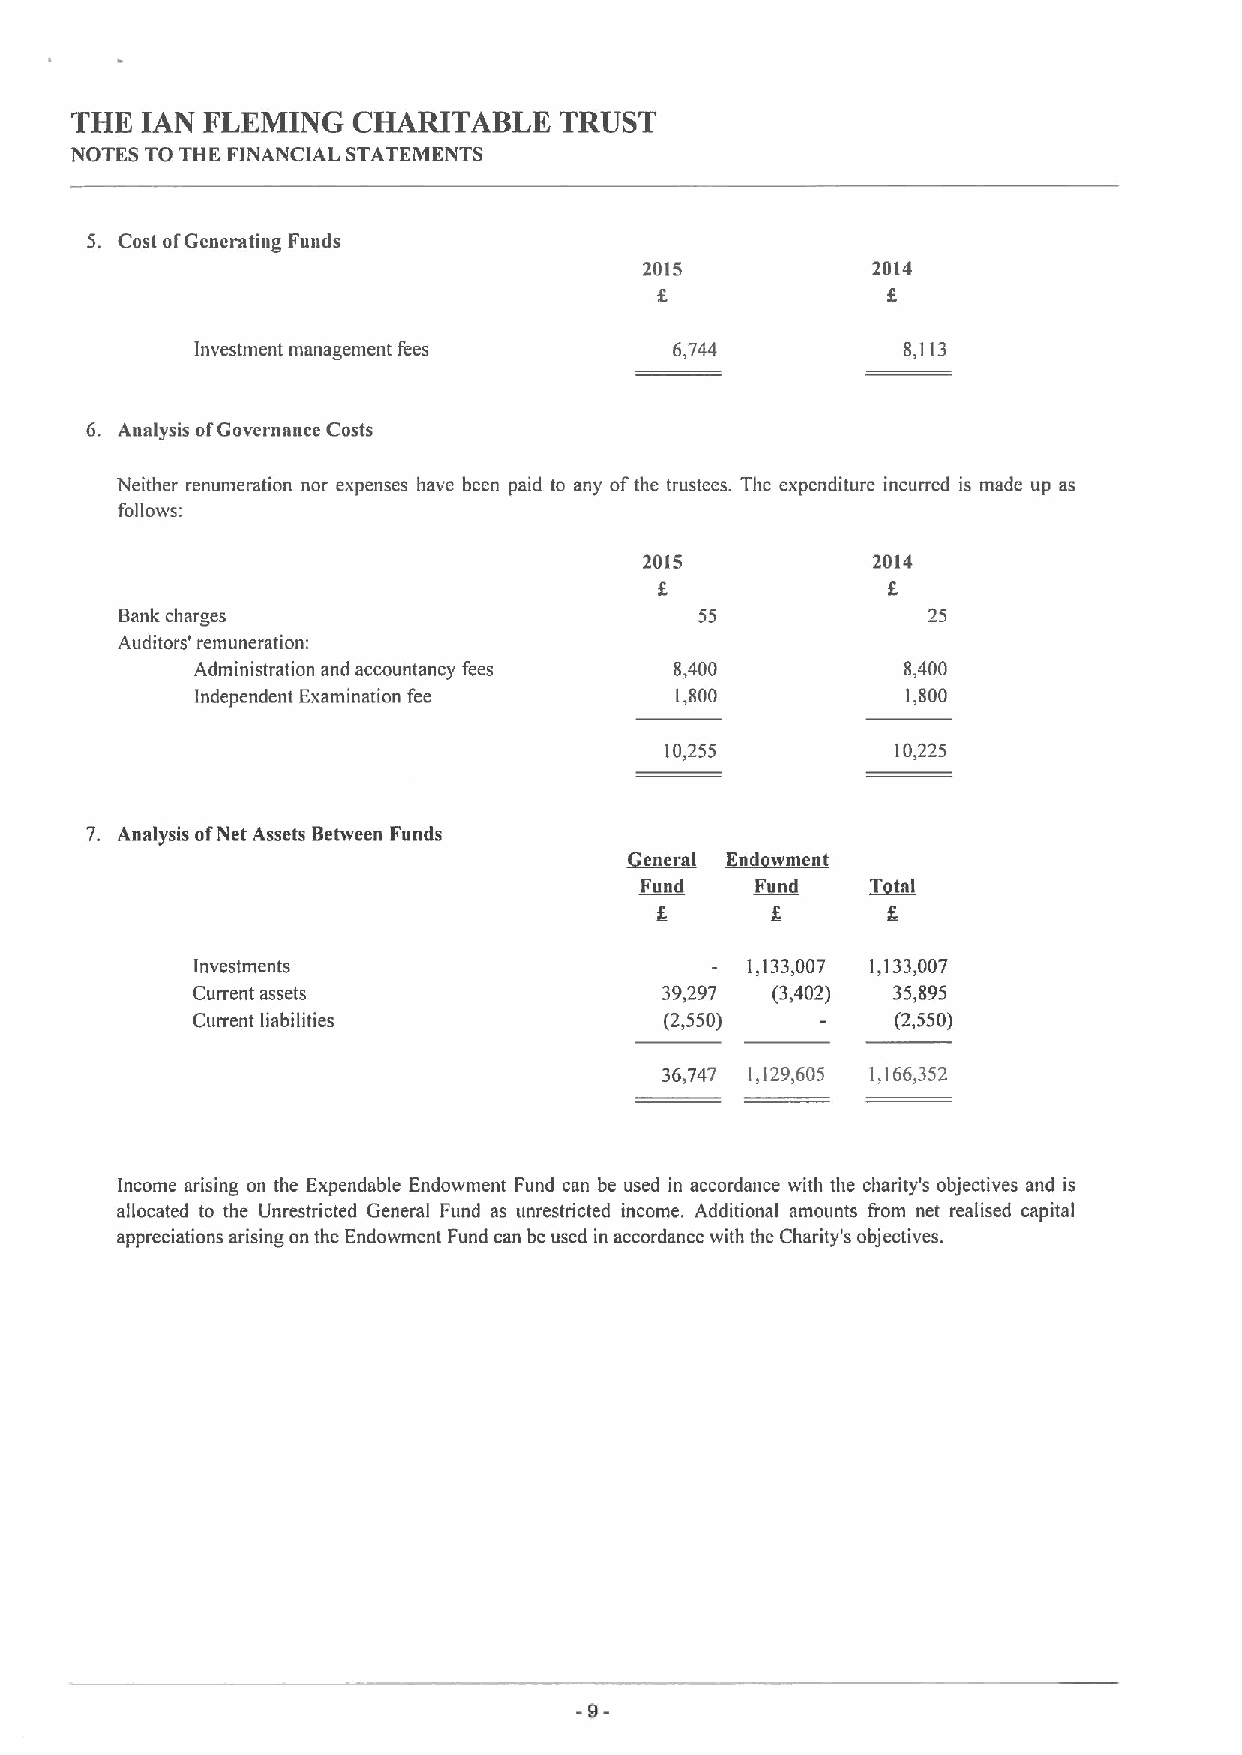
THE IAN FLEMING   CHARITABLE    TRUST
 NOTES TO THE FINANCIAL STATEMENTS
 5. Cost ofGenerating Funds
 2015           2014
 Investment management fees      6,744          8,113
 6. Analysis ofGovernance Costs
 Neither renumeration nor expenses have been paid to any ofthe trustees. The expenditure incurred is made up as
 follows:
 2015           2014
 Bank charges                          55             25
 Auditors' remuneration:
 Administration and accountancy fees 8,400      8,400
 Independent Examination fee     1,800          1,800
 10,255         10,225
 7. Analysis ofNet Assets Between Funds
 r      r
 I   d
 Fund    Fund
 Investments                         1,133,007 1,133,007
 Current assets                 39,297 (3,402) 35,895
 Current liabilities            (2,550)        (2,550)
 36,747 1,129,605 1,166,352
 Income arising on the Expendable Endowment Fund can be used in accordance with the charity's objectives and is
 allocated to the Unrestricted General Fund as unrestricted income. Additional amounts from net realised capital
 appreciations arising on the Endowment Fund can be used in accordance with the Charity's objectives.